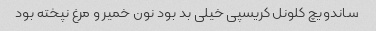
ساندویچ کلونل کریسپی خیلی بد بود نون خمیر و مرغ نپخته بود